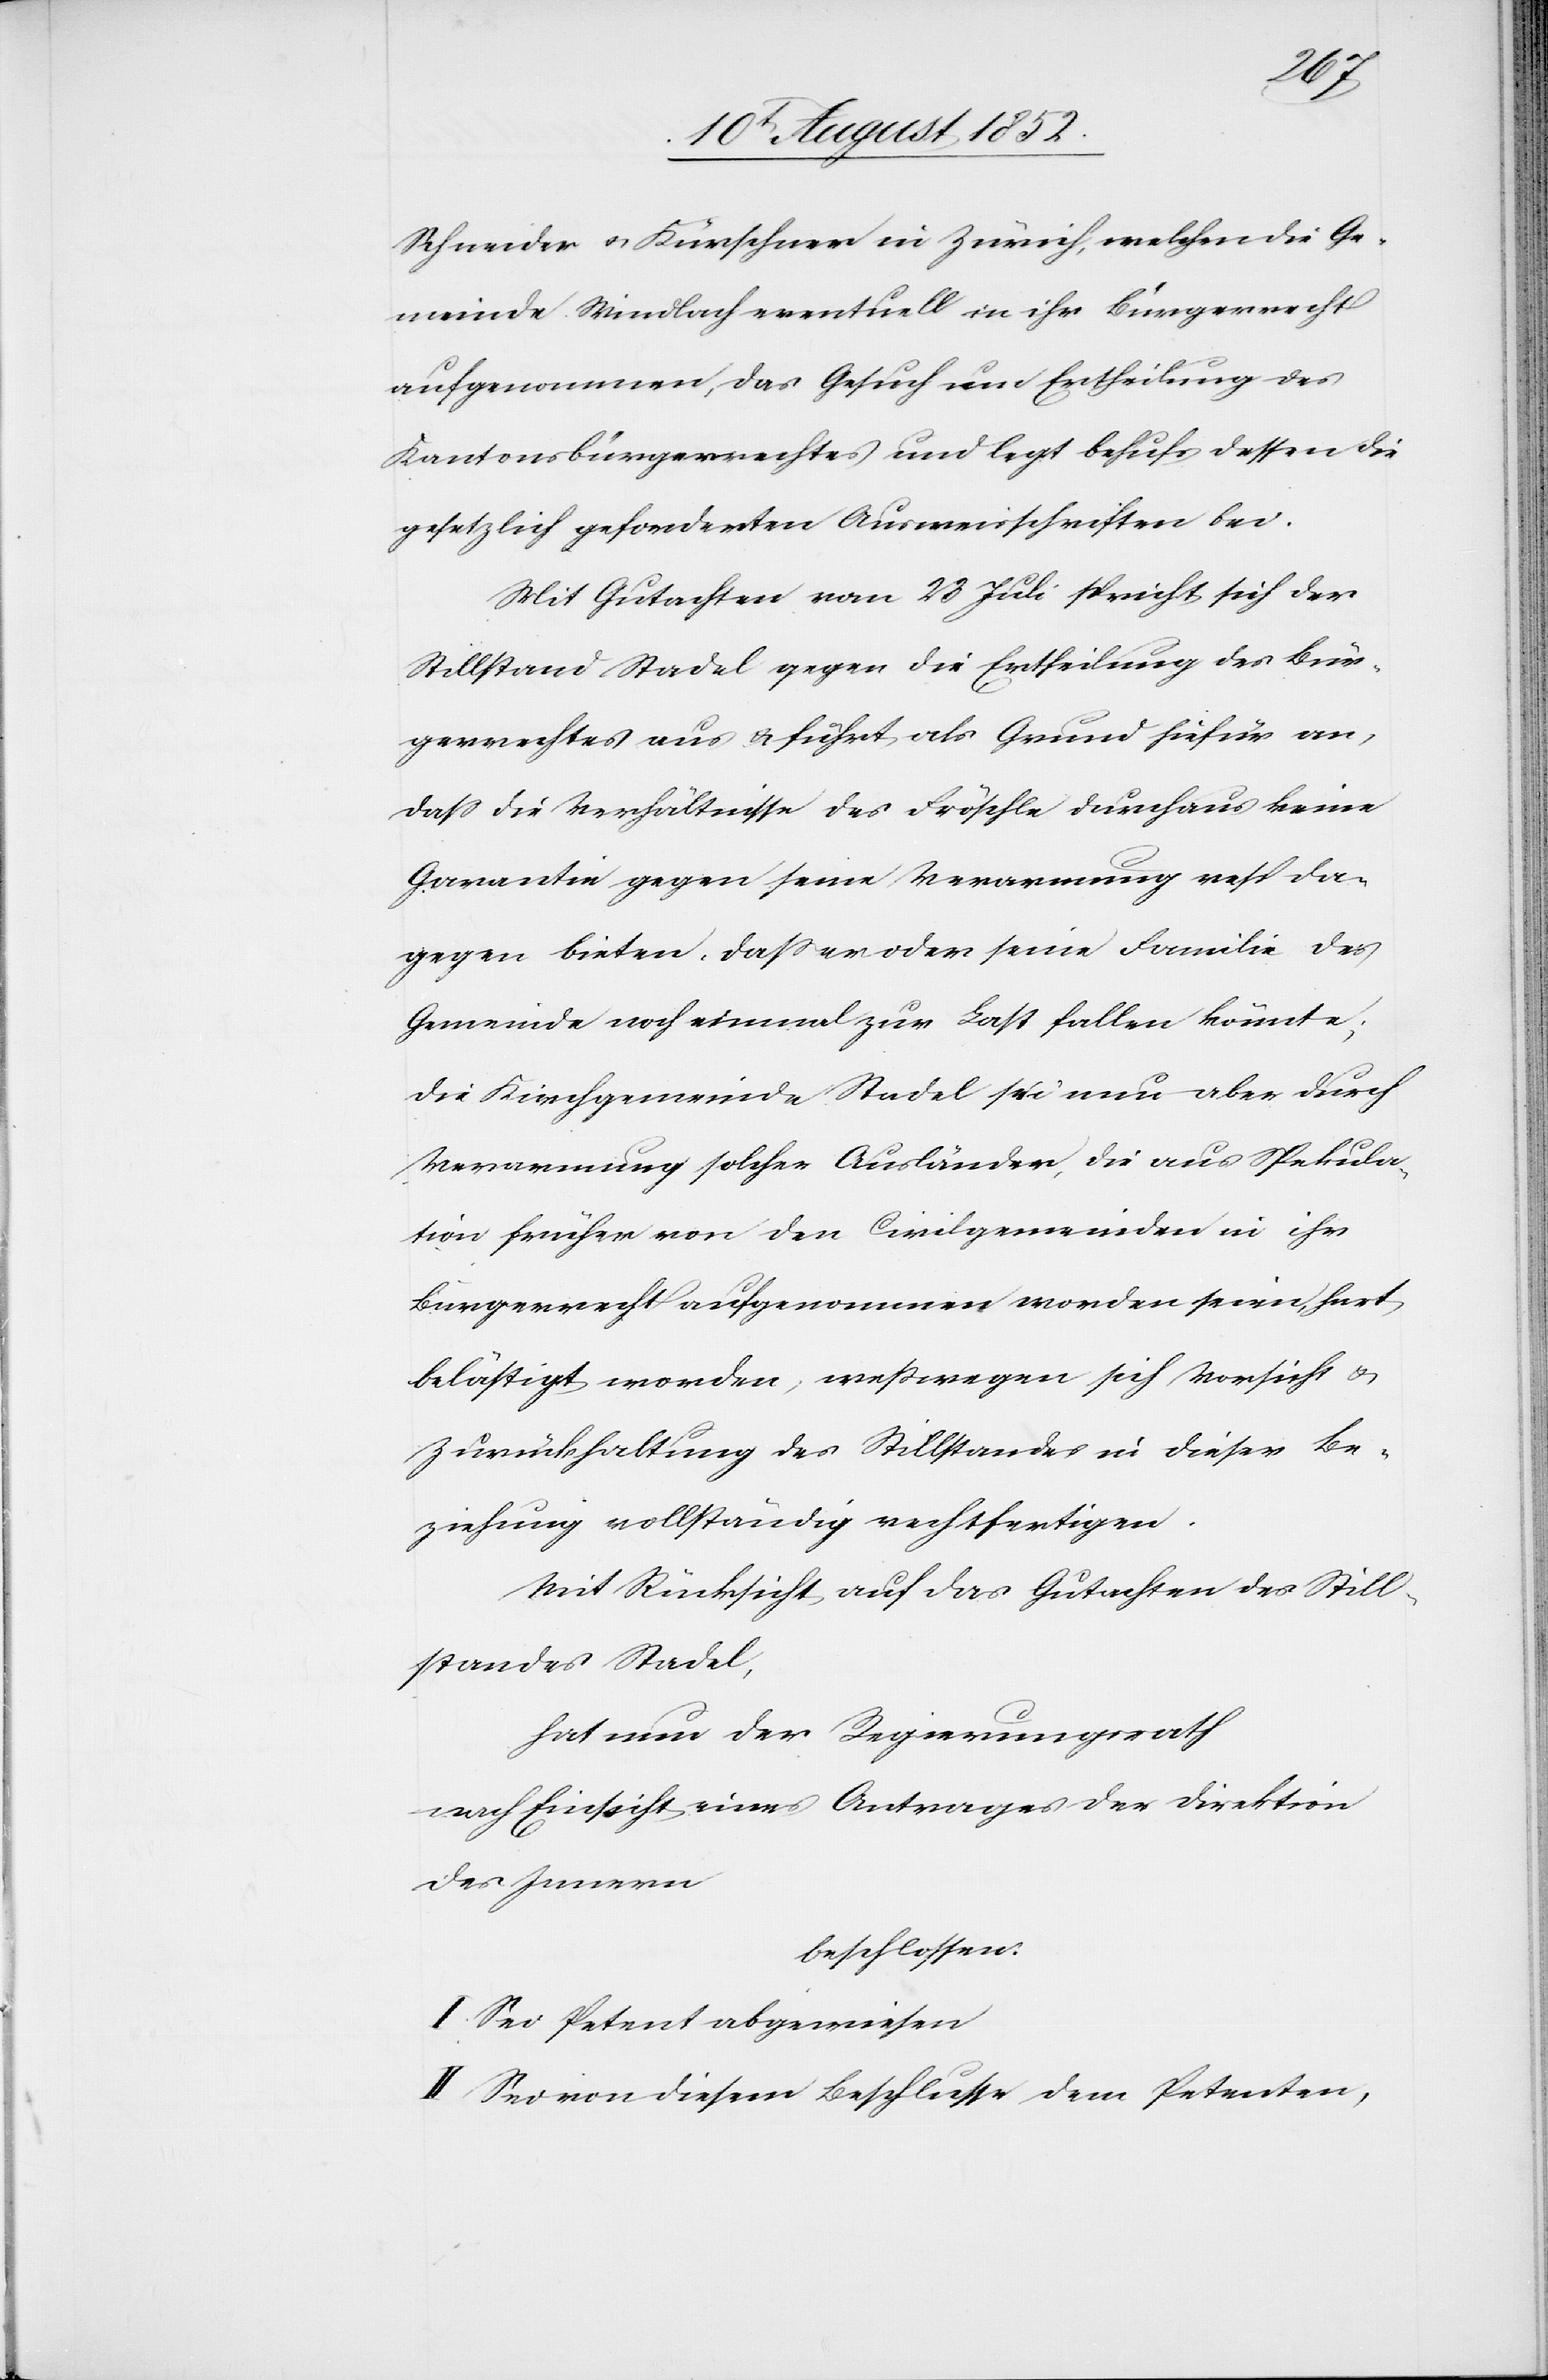
Schneider & Kürschner in Zürich, welchen die Ge¬
meinde Windlach eventuell in ihr Bürgerrecht
aufgenommen, das Gesuch um Ertheilung des
Kantonsbürgerrechtes und legt behufs dessen die
gesetzlich geforderten Ausweisschriften bei.
Mit Gutachten vom 23 Juli spricht sich der
Stillstand Stadel gegen die Ertheilung des Bür¬
gerrechtes aus & führt als Grund hiefür an,
dass die Verhältnisse des Fröschle durchaus keine
Garantie gegen seine Verarmung resp da¬
gegen bieten, dass er oder seine Familie des
Gemeinde noch einmal zur Last fallen könnte;
die Kirchgemeinde Stadel sei nun aber durch
Verarmung solcher Ausländer, die aus Spekula¬
tion früher von den Civilgemeinden in ihr
Bürgerrecht aufgenommen worden seien, hart
belästigt worden; weßwegen sich Vorsicht &
Zurückhaltung des Stillstandes in dieser Be¬
ziehung vollständig rechtfertigen.
Mit Rücksicht auf das Gutachten des Still¬
standes Stadel,
hat nun der Regierungsrath
nach Einsicht eines Antrages der Direktion
des Innern
beschlossen:
I. Sei Petent abgewiesen
II Sei von diesem Beschlusse dem Petenten,